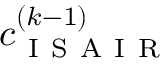
c _ { \mathrm { ~ I ~ S ~ A ~ I ~ R ~ } } ^ { ( k - 1 ) }